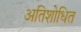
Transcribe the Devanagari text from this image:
अतिशोधित